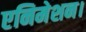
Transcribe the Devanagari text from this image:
एनिमेशन।